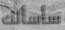
سأسألك